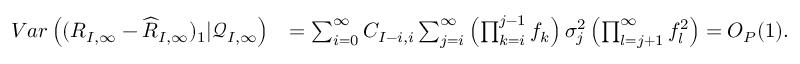
\begin{array} { r l } { V a r \left( ( R _ { I , \infty } - \widehat { R } _ { I , \infty } ) _ { 1 } | \mathcal { Q } _ { I , \infty } \right) } & { = \sum _ { i = 0 } ^ { \infty } C _ { I - i , i } \sum _ { j = i } ^ { \infty } \left( \prod _ { k = i } ^ { j - 1 } f _ { k } \right) \sigma _ { j } ^ { 2 } \left( \prod _ { l = j + 1 } ^ { \infty } f _ { l } ^ { 2 } \right) = O _ { P } ( 1 ) . } \end{array}